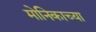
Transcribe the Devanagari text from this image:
मोनिकाच्या